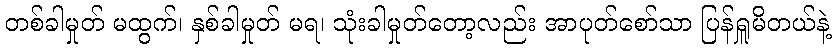
တစ်ခါမှုတ် မထွက်၊ နှစ်ခါမှုတ် မရ၊ သုံးခါမှုတ်တော့လည်း အာပုတ်စော်သာ ပြန်ရှူမိတယ်နဲ့